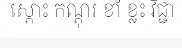
ស្តោះ កណ្តុរ ខាំ ខ្លះ វិជ្ជា